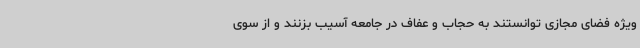
ویژه فضای مجازی توانستند به حجاب و عفاف در جامعه آسیب بزنند و از سوی